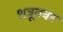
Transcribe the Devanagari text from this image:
शत्रूनवर